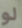
لو